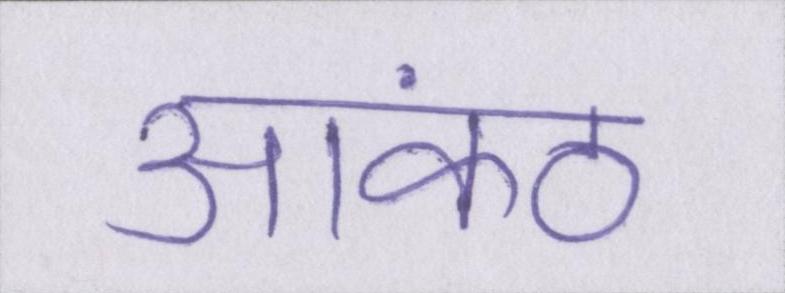
आकंठ